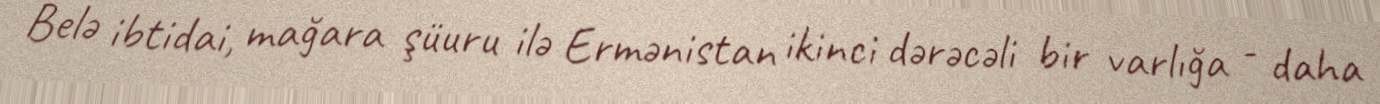
Belə ibtidai, mağara şüuru ilə Ermənistan ikinci dərəcəli bir varlığa - daha